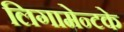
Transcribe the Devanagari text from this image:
लिगामेन्टके